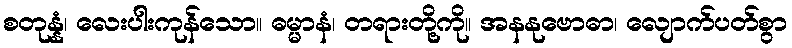
စတုန္နံ၊ လေးပါးကုန်သော။ ဓမ္မာနံ၊ တရားတို့ကို။ အနနုဗောဓာ၊ လျောက်ပတ်စွာ